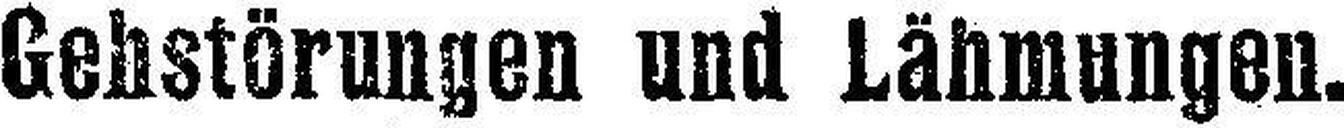
Gehstörungen und Lähmungen.